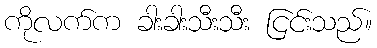
ကိုလက်က ခါးခါးသီးသီး ငြင်းသည်။